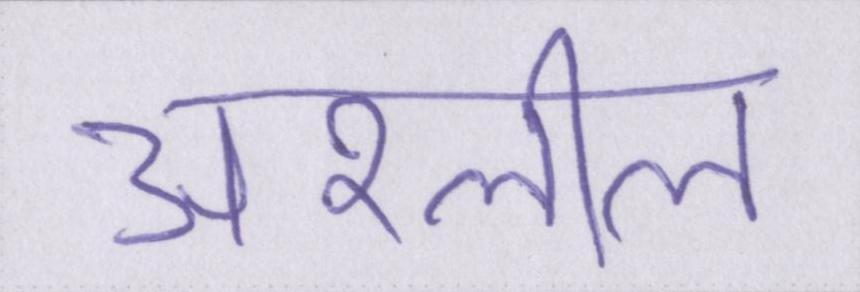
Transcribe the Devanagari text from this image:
अश्लील